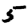
Digit: 5